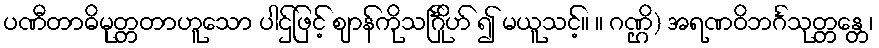
ပဏီတာဓိမုတ္တတာဟူသော ပါဌ်ဖြင့် ဈာန်ကိုသင်္ဂြိုဟ် ၍ မယူသင့်။ ။ ဂဏ္ဌိ) အရဏဝိဘင်္ဂသုတ္တန္တေ၊